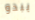
يبدو